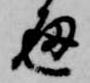
通